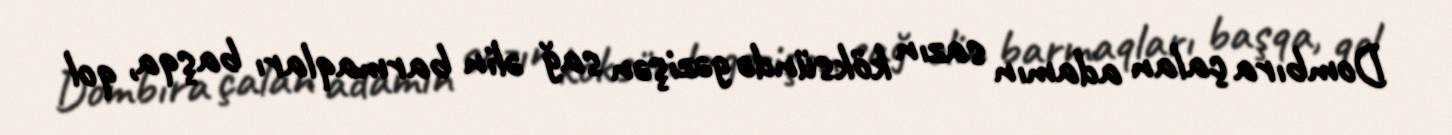
Dombıra çalan adamın sazın köksündə gəzişən sağ əlin barmaqları başqa, qol